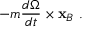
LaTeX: \ - m { \frac { d { \boldsymbol { \Omega } } } { d t } } \times \mathbf { x } _ { B } \ .